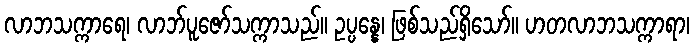
လာဘသက္ကာရေ၊ လာဘ်ပူဇော်သက္ကာသည်။ ဥပ္ပန္နေ၊ ဖြစ်သည်ရှိသော်။ ဟတလာဘသက္ကာရာ၊